Vaccination report Assam 1874-1896 - 1874-1896
Year: 1874
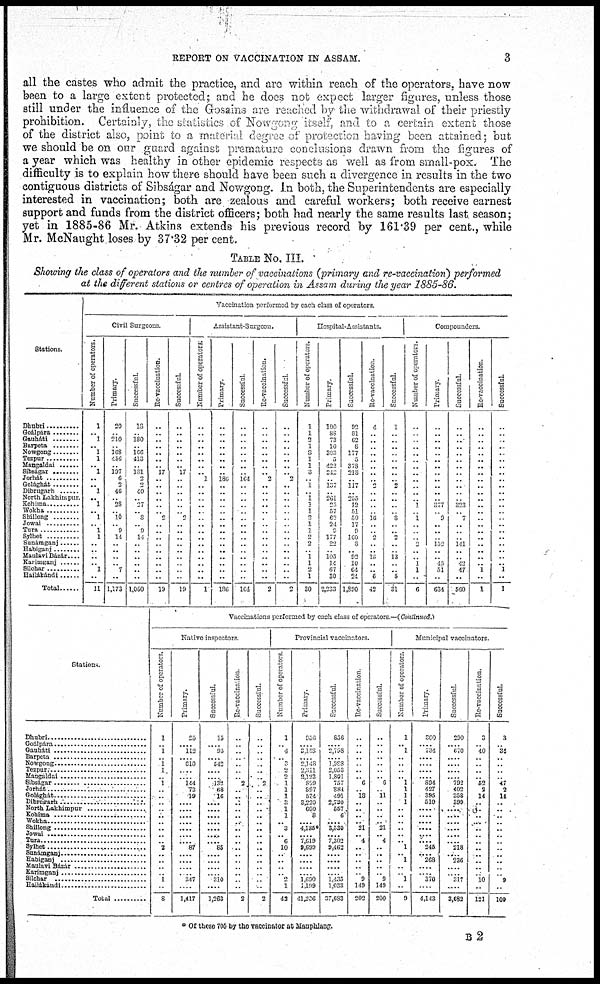
REPORT ON VACCINATION IN ASSAM.
3
all the castes who admit the practice, and are within reach of the operators, have now
been to a large extent protected; and he does not expect larger figures, unless those
still under the influence of the Gosains are reached by the withdrawal of their priestly
prohibition. Certainly, the statistics of Nowgong itself, and to a certain extent those
of the district also, point to a material degree of protection having been attained; but
we should be on our guard against premature conclusions drawn from the figures of
a year which was healthy in other epidemic respects as well as from small-pox. The
difficulty is to explain how there should have been such a divergence in results in the two
contiguous districts of Sibságar and Nowgong. In both, the Superintendents are especially
interested in vaccination; both are zealous and careful workers; both receive earnest
support and funds from the district officers; both had nearly the same results last season;
yet in 1885-86 Mr. Atkins extends his previous record by 161.39 per cent., while
Mr. McNaught loses by 37.32 per cent.
TABLE No. III.
Showing the class of operators and the number of vaccinations (primary and re-vaccination) performed
at the different stations or centres of operation in Assam during the year 1885-86.
Stations.
Dhubri .........
Goálpára......
Gauháti ........
Barpeta
Nowgong ..........
Tezpur ..............
Mangaldai ........
Sibságar ............
Jorhát
Golághát
Dibrugarh ..........
North Lakhimpur.
Kohuna ............
Wokha
Shillong ..........
Jowar
Tura ..............
Sylhet ............
Sunámganj
Habiganj ............
Maulavi Bázár ........
Karimganj
Silchar ............
Harlákandi
Total ......
Vaccination performed by each class of operators
Civil Surgeons
Number of operators.
1
.. 1
.. 1
1
.. 1
..
.. 1
.. 1
.. 1
.. 1
1
..
..
.. .. 1
..
11
Primary.
20
..
210
..
168
436
.. 197
6
2
46
.. 28
.. 10
.. 9
14
..
..
.. .. 7
..
1,173
Successful.
18
..
180
..
166
413
.. 181
2
2
40
.. 27
.. 8
.. 9
14
..
..
.. ..
..
..
1,060
Re-vaccination.
..
..
.. ..
..
..
.. 17
..
..
..
.. ..
.. 2
..
..
..
..
..
.. ..
..
..
19
Successful.
..
..
.. ..
..
..
.. 17
..
..
..
..
.. .. 2
..
..
.. ..
..
..
.. ..
..
19
Assistant-Surgeon.
Number of operators.
..
..
.. ..
..
..
..
.. 1
..
..
..
.. ..
..
..
..
.. ..
..
.. ..
.. ..
1
Primary.
..
..
.. ..
..
..
..
.. 186
..
..
..
.. ..
..
..
..
.. ..
..
.. ..
.. ..
186
Successful
..
..
..
..
..
..
..
.. 164
..
..
..
.. ..
..
..
..
..
..
..
.. ..
..
..
164
Re-vaccnation.
..
..
.. ..
..
..
..
.. 2
..
..
.. ..
..
..
..
..
.. ..
..
.. ..
.. ..
2
Successful.
..
..
.. ..
..
..
..
.. 2
..
..
..
.. ..
..
..
..
..
..
..
.. ..
.. ..
2
Hospital-Assistants.
Number of operators.
1
1
2
1
3
1
1
3
.. 1
.. 1 1
1
2
1 1
2
2
.. 1
1
2
1
30
Primary.
100
88 73
10
303
5
422
242
.. 137
..
261
25
57
62
21
9
177
22
.. 105
14
67
30
2,233
Successful.
92
81
62
8
177
5
378
218
.. 117
.. 255
12
51
50
17
9
160
8
.. 92
10
64
24
1,890
Re-vaccinatin.
4
.. ..
..
..
..
..
..
.. 2
..
.. ..
.. 16
..
.. 2
..
.. 13
..
.. 5
42
Successful.
1
.. ..
..
..
..
..
..
.. 2
..
.. ..
.. 8
.. .. 2
..
.. 13
..
.. 5
31
Compounders.
Number of operators.
..
..
..
..
..
..
..
..
..
..
..
.. 1
.. 1
.. ..
.. 2
..
.. 1
1
..
6
Primary.
..
..
..
..
..
..
..
..
..
..
..
.. 377
.. 9
..
..
.. 152
..
.. 45
51
..
634
Successful.
..
..
..
..
..
..
..
..
..
..
..
.. 323
.. 7
..
..
.. 141
..
.. 42
47
..
560
Re-vaccination.
..
..
..
..
..
..
..
..
..
..
..
.. ..
.. ..
..
..
.. ..
..
.. .. 1
..
1
Successful.
..
.. .
..
..
..
..
..
..
..
..
.. ..
..
..
..
..
.. ..
..
.. .. 1
..
1
Stations
Dhubri ..............................
Goálpára
Gauháti ..........................
Barpeta ..........................
Nowgong ..........................
Tezpur ................................
Mangaldai
Sibságar ..........................
Jorhát ..............................
Golághát ..........................
Dibpugarh
North Lakhimpur
Kohima
Wokha
Shillog ............................
Jowai
Tura ................................
Sylhet ................................
Sunámganj.....
Habiganj
Maulavi Bázár
Karimganj ............................
Silchar ................................
Hailákandi
Total ................
Vaccinations performed by each class of operators —(Continued.)
Native inspectors
Number of operators.
1
.. 1
.. 1
1
.. 1
..
..
..
..
..
..
..
.. ..
..
..
..
.. ..
1
..
8
Primary.
25
.... 112
.... 610
....
.... 144
73
19
....
....
....
....
....
....
.. 87
....
....
....
.. 347
..
1,417
Successful.
15
.... 95
.... 512
....
.... 132
68
16
....
....
....
....
....
.... .... 85
....
....
....
.... 310
..
1,263
Re-vaccination
..
..
..
..
.. ..
.. 2
..
.. ..
..
..
..
..
.. ..
..
.. ..
..
..
.. ..
2
Successful.
..
..
..
..
.. ..
.. 2
..
..
.. ..
..
.. ..
.. .. ..
..
..
..
.. ..
..
2
Provincial vaccinators.
Number of operators.
1
.. 4
.. 2
2 2
1
1
1
.. 1
1
.. 3
.. 6
10
..
..
....
.... 2
1
42
Primary.
956
.... 3,158
.... 2,118
2,011
2,123
899
897
574
3,220
600
8
.... 4,135
.... 7,619
9,699
....
....
....
.... 1,690
1,199
41,236
Successful.
956
.... 2,798
.... 1,988
2,053
1,801
757
384
491
2,730
557
6
.... 3,530
.... 7,302
9,462
....
....
....
.... 1,435
1,033
37,683
Re-vaccination
..
..
..
..
.. ..
.. 6
.. 13
..
..
..
.. 21
.. 4
..
..
..
..
.. 9
149
202
Successful.
..
..
..
..
..
.. .. 6
.. 11
..
..
..
.. 21
.. 4
..
..
..
..
.. 9
149
200
Municipal vaccinators.
Number of operators.
1
.. 1
..
.. ..
.. 1
1
1
1
..
..
..
..
.. .. 1
.. 1
..
.. 1
..
9
Primary.
309
.... 734
....
....
....
.... 894
427
395
510
....
....
....
....
.... 245
.... 268
....
.. 370
....
4,143
Successful.
290
.... 670
....
.... ....
.... 792
402
358
399
....
....
....
....
....
.... 218
.... 236
....
.. 317
....
3,682
Re -
va c c i
na t
i
on.
3
.. 40
..
.. ..
.. 52
2
14
..
..
..
....
..
..
..
..
..
..
..
.. 10
..
121
Suc c e s s f
ul .
3
..
34
..
..
..
..
47
2
14
..
..
..
.. ..
..
..
..
.. ..
..
.. 9
..
109
* Of these 705 by the vaccinator at Mauphlang.
B2